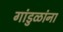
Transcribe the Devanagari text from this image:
गांडुळांना